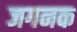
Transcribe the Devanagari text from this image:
जगनक